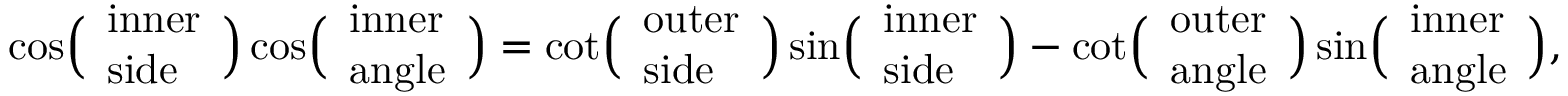
\cos \! { \Bigl ( } { \begin{array} { l } { { \mathrm { i n n e r } } } \\ { { \mathrm { s i d e } } } \end{array} } { \Bigr ) } \cos \! { \Bigl ( } { \begin{array} { l } { { \mathrm { i n n e r } } } \\ { { \mathrm { a n g l e } } } \end{array} } { \Bigr ) } = \cot \! { \Bigl ( } { \begin{array} { l } { { \mathrm { o u t e r } } } \\ { { \mathrm { s i d e } } } \end{array} } { \Bigr ) } \sin \! { \Bigl ( } { \begin{array} { l } { { \mathrm { i n n e r } } } \\ { { \mathrm { s i d e } } } \end{array} } { \Bigr ) } - \cot \! { \Bigl ( } { \begin{array} { l } { { \mathrm { o u t e r } } } \\ { { \mathrm { a n g l e } } } \end{array} } { \Bigr ) } \sin \! { \Bigl ( } { \begin{array} { l } { { \mathrm { i n n e r } } } \\ { { \mathrm { a n g l e } } } \end{array} } { \Bigr ) } ,